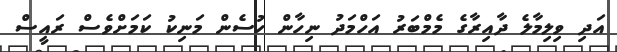
އަދި ވިލިމާލެ ދާއިރާގެ މެމްބަރު އަހްމަދު ނިހާން ހުސެން މަނިކު ކަމަށްވެސް ރައީސް